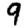
Digit: 9